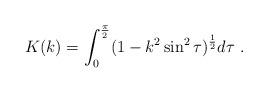
LaTeX: \begin{align*}K(k)=\int_0^{\pi\over2}(1-k^2\sin^2\tau)^{1\over2}d\tau\ .\end{align*}